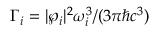
\Gamma _ { i } = | \boldsymbol { \wp _ { i } } | ^ { 2 } \omega _ { i } ^ { 3 } / ( 3 \pi \hbar c ^ { 3 } )